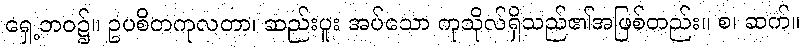
ရှေ့ဘဝ၌။ ဥပစိတကုလတာ၊ ဆည်းပူး အပ်သော ကုသိုလ်ရှိသည်၏အဖြစ်တည်း။ စ၊ ဆက်။